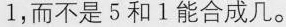
1，而不是5和1能合成几。